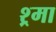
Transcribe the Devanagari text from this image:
श्र्मा